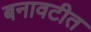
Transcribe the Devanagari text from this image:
बनावटीत